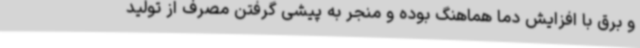
و برق با افزایش دما هماهنگ بوده و منجر به پیشی گرفتن مصرف از تولید